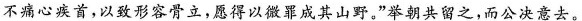
不痛心疾首，以致形容骨立，愿得以微罪成其山野。”举朝共留之，而公决意去。